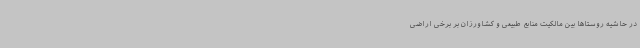
در حاشیه روستاها بین مالکیت منابع طبیعی و کشاورزان بر برخی اراضی